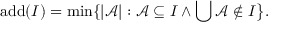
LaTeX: \mathrm { { a d d } } ( I ) = \operatorname* { m i n } \{ | { \mathcal { A } } | : { \mathcal { A } } \subseteq I \wedge \bigcup { \mathcal { A } } \notin I { \big \} } .